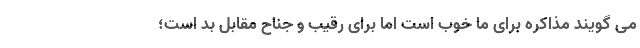
می گویند مذاکره برای ما خوب است اما برای رقیب و جناح مقابل بد است؛